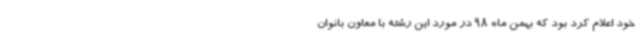
خود اعلام کرد بود که بهمن ماه 98 در مورد این رشته با معاون بانوان